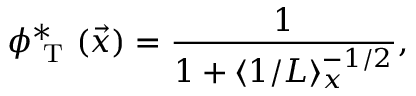
\phi _ { \mathrm { ~ T ~ } } ^ { * } ( \vec { x } ) = \frac { 1 } { 1 + \langle 1 / L \rangle _ { x } ^ { - 1 / 2 } } ,